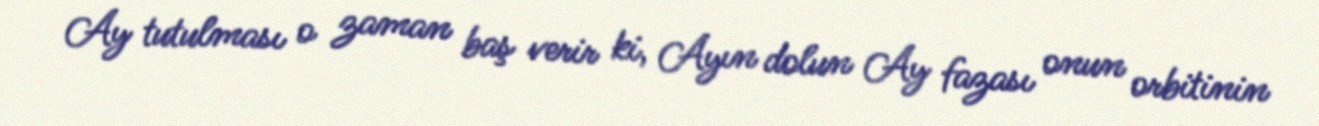
Ay tutulması o zaman baş verir ki, Ayın dolun Ay fazası onun orbitinin